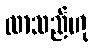
လာသည်ဟု